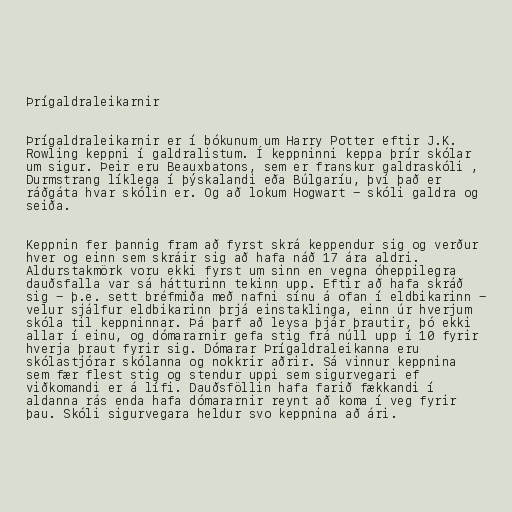
Þrígaldraleikarnir

Þrígaldraleikarnir er í bókunum um Harry Potter eftir J.K.
Rowling keppni í galdralistum. Í keppninni keppa þrír skólar
um sigur. Þeir eru Beauxbatons, sem er franskur galdraskóli ,
Durmstrang líklega í þýskalandi eða Búlgaríu, því það er
ráðgáta hvar skólin er. Og að lokum Hogwart - skóli galdra og
seiða.

Keppnin fer þannig fram að fyrst skrá keppendur sig og verður
hver og einn sem skráir sig að hafa náð 17 ára aldri.
Aldurstakmörk voru ekki fyrst um sinn en vegna óheppilegra
dauðsfalla var sá hátturinn tekinn upp. Eftir að hafa skráð
sig - þ.e. sett bréfmiða með nafni sínu á ofan í eldbikarinn -
velur sjálfur eldbikarinn þrjá einstaklinga, einn úr hverjum
skóla til keppninnar. Þá þarf að leysa þjár þrautir, þó ekki
allar í einu, og dómararnir gefa stig frá núll upp í 10 fyrir
hverja þraut fyrir sig. Dómarar Þrígaldraleikanna eru
skólastjórar skólanna og nokkrir aðrir. Sá vinnur keppnina
sem fær flest stig og stendur uppi sem sigurvegari ef
viðkomandi er á lífi. Dauðsföllin hafa farið fækkandi í
aldanna rás enda hafa dómararnir reynt að koma í veg fyrir
þau. Skóli sigurvegara heldur svo keppnina að ári.